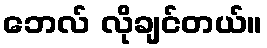
ဘေလ် လိုချင်တယ်။